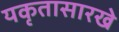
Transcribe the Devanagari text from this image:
यकृतासारखे